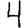
Digit: 4